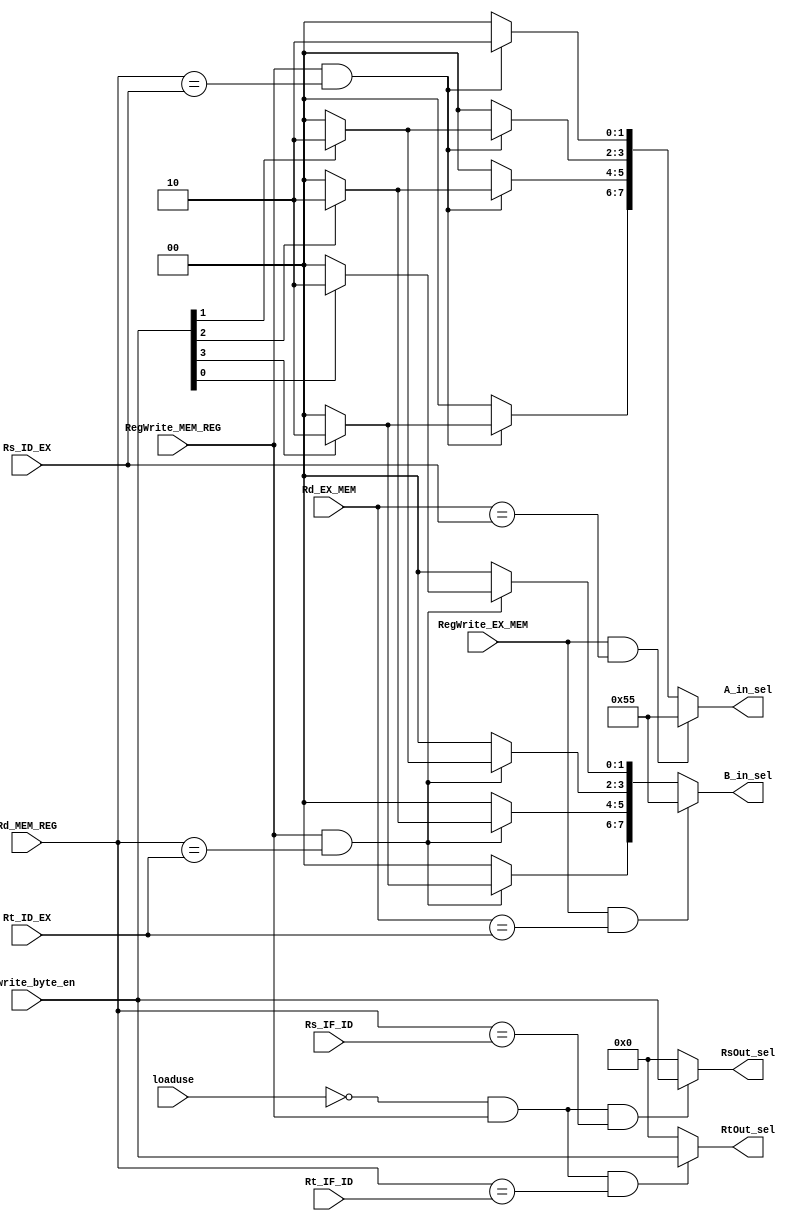
module FORWARD(
input [4:0] Rs_ID_EX,
input [4:0] Rt_ID_EX,
input [4:0] Rd_EX_MEM,
input [4:0] Rs_IF_ID,
input [4:0] Rt_IF_ID,
input [4:0] Rd_MEM_REG,
input RegWrite_EX_MEM,
input RegWrite_MEM_REG,
input [3:0] Rd_write_byte_en,
input loaduse,
output reg [3:0] RsOut_sel,
output reg [3:0] RtOut_sel,
output reg [7:0] A_in_sel,
output reg [7:0] B_in_sel
);
always@(*)begin
	if(!loaduse && RegWrite_MEM_REG && Rd_MEM_REG == Rs_IF_ID)//寄存器到寄存器的转发
		RsOut_sel = Rd_write_byte_en;
	else 
		RsOut_sel = 4'b0000;
		
	if(!loaduse && RegWrite_MEM_REG && Rd_MEM_REG == Rt_IF_ID)//寄存器到寄存器的转发
		RtOut_sel = Rd_write_byte_en;
	else 
		RtOut_sel = 4'b0000;
		
	if(RegWrite_EX_MEM  && Rd_EX_MEM == Rs_ID_EX)//ALU到ALU的转发//先转发上条指令，否则转发上上条
		A_in_sel = 8'b01010101;
	else if(RegWrite_MEM_REG && Rd_MEM_REG == Rs_ID_EX)//存储器到ALU的转发
		begin 
			if(Rd_write_byte_en[3])
				A_in_sel[7:6] = 2'b10;
			else
				A_in_sel[7:6] = 2'b00;
			if(Rd_write_byte_en[2])
				A_in_sel[5:4] = 2'b10;
			else
				A_in_sel[5:4] = 2'b00;
			if(Rd_write_byte_en[1])
				A_in_sel[3:2] = 2'b10;
			else
				A_in_sel[3:2] = 2'b00;
			if(Rd_write_byte_en[0])
				A_in_sel[1:0] = 2'b10;
			else
				A_in_sel[1:0] = 2'b10;
		end
	else 
		A_in_sel = 8'b00000000;
	if(RegWrite_EX_MEM && Rd_EX_MEM == Rt_ID_EX)//ALU到ALU的转发
		B_in_sel = 8'b01010101;
	else if(RegWrite_MEM_REG && Rd_MEM_REG == Rt_ID_EX)//存储器到ALU的转发
		begin 
			if(Rd_write_byte_en[3])
				B_in_sel[7:6] = 2'b10;
			else
				B_in_sel[7:6] = 2'b00;
			if(Rd_write_byte_en[2])
				B_in_sel[5:4] = 2'b10;
			else
				B_in_sel[5:4] = 2'b00;
			if(Rd_write_byte_en[1])
				B_in_sel[3:2] = 2'b10;
			else
				B_in_sel[3:2] = 2'b00;
			if(Rd_write_byte_en[0])
				B_in_sel[1:0] = 2'b10;
			else
				B_in_sel[1:0] = 2'b00;
		end
	else 
		B_in_sel = 8'b000000000;
	
end
endmodule